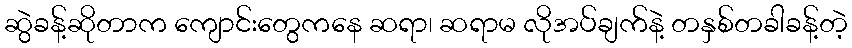
ဆွဲခန့်ဆိုတာက ကျောင်းတွေကနေ ဆရာ၊ ဆရာမ လိုအပ်ချက်နဲ့ တနှစ်တခါခန့်တဲ့